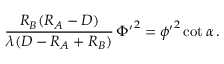
{ \frac { R _ { B } ( R _ { A } - D ) } { \lambda ( D - R _ { A } + R _ { B } ) } } \, { \Phi ^ { \prime } } ^ { 2 } = { \phi ^ { \prime } } ^ { 2 } \cot \alpha \, .